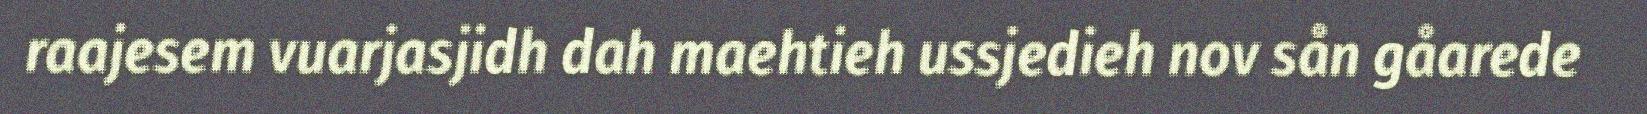
raajesem vuarjasjidh dah maehtieh ussjedieh nov sån gåarede